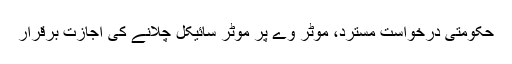
حکومتی درخواست مسترد، موٹر وے پر موٹر سائیکل چلانے کی اجازت برقرار